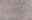
الوقت